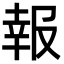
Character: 報